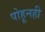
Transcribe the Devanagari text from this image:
पोहूनही